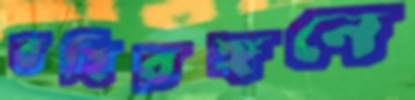
বহিরঙ্গনে